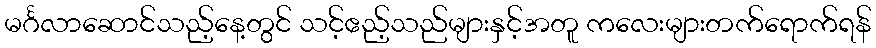
မင်္ဂလာဆောင်သည့်နေ့တွင် သင့်ဧည့်သည်များနှင့်အတူ ကလေးများတက်ရောက်ရန်